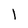
Character: 1